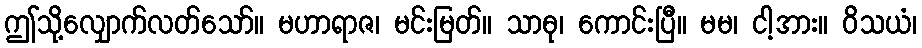
ဤသို့လျှောက်လတ်သော်။ မဟာရာဇ၊ မင်းမြတ်။ သာဓု၊ ကောင်းပြီ။ မမ၊ ငါ့အား။ ဝိသယံ၊